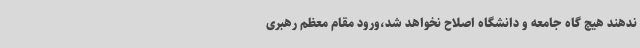
ندهند هیچ گاه جامعه و دانشگاه اصلاح نخواهد شد،ورود مقام معظم رهبری